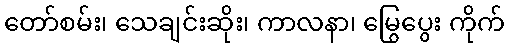
တော်စမ်း၊ သေချင်းဆိုး၊ ကာလနာ၊ မြွေပွေး ကိုက်